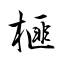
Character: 榧